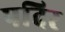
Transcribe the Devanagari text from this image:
पदिर